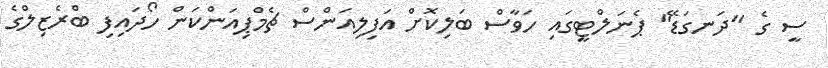
ސީ ގެ "ދަނގަޑޭ" ޕެނަލްޓީގައި ހަވާސް ބަލިކޮށް އަފިލިއަންސް ޗެމްޕިއަންކަން ހޯދައިފި ބްރެޒިލްގެ